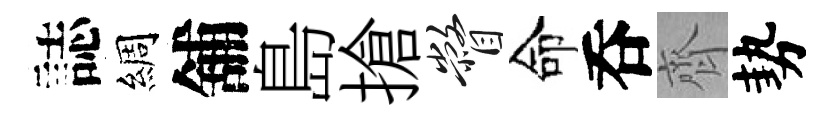
誌綢舖島搶瞥命呑齊勢